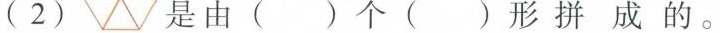
（2） 是由()个（）形拼成的。